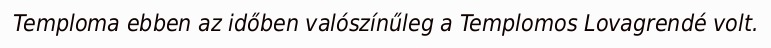
Temploma ebben az időben valószínűleg a Templomos Lovagrendé volt.